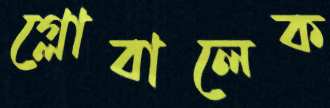
গ্লোবালেক